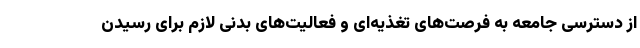
از دسترسی جامعه به فرصت‌های تغذیه‌ای و فعالیت‌های بدنی لازم برای رسیدن